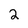
Character: 2